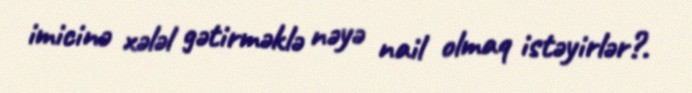
imicinə xələl gətirməklə nəyə nail olmaq istəyirlər?.